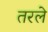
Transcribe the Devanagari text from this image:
तरले